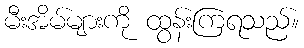
မီးအိမ်များကို ထွန်းကြရသည်။